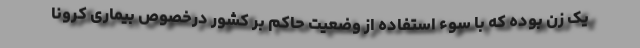
یک زن بوده که با سوء استفاده از وضعیت حاکم بر کشور درخصوص بیماری کرونا